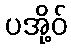
ပအို့ဝ်